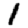
Digit: 1